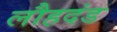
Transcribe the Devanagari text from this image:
लौहदंड